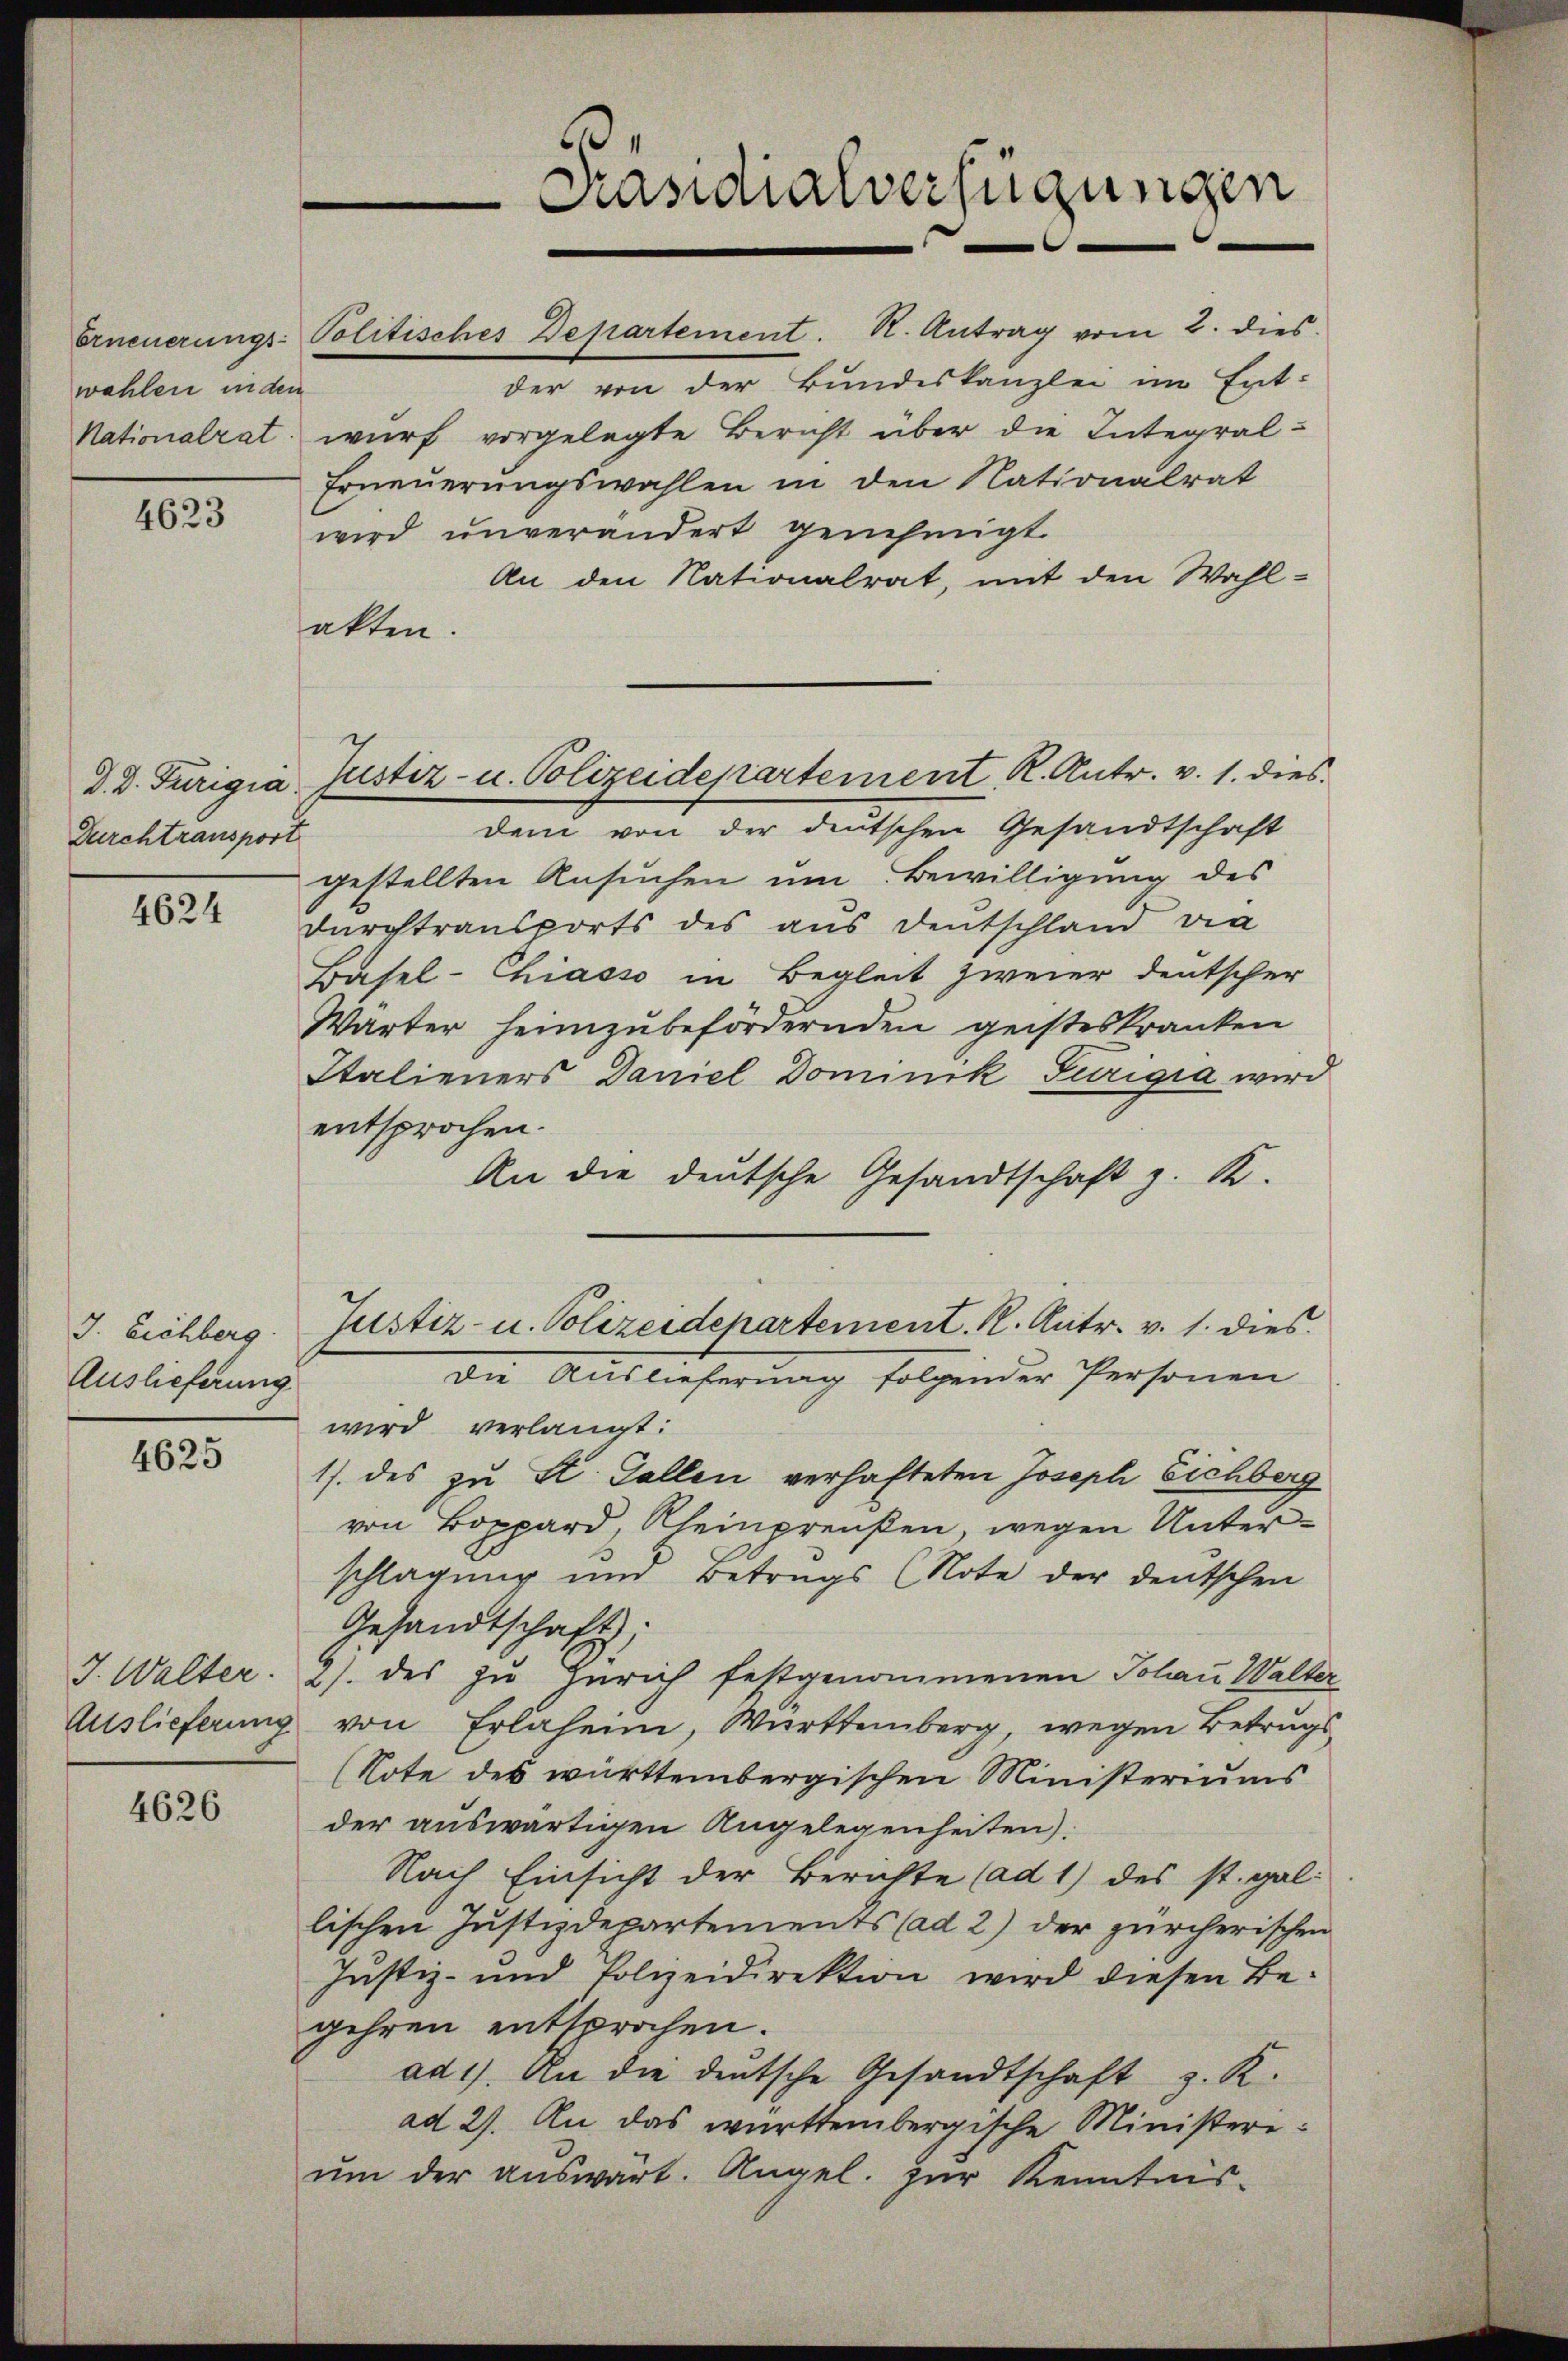
wahlen in den
4623

D. D. Turigia
Durchtransport

4624

J. Eichberg.
Auslieferung

4625

J. Walter.
Auslieferung

4626

akten.

Erneuerungs-Politisches Departement. N. Antrag vom 2. dies

Justiz- u. Polizeidepartement K. Antr. v. 1. dies

Präsidialverfügungen

der von der Bundeskanzlei im Ent-
Nationalrat wurf vorgelegte Bericht über die Integral-
Erneuerungswahlen in den Nationalrat
wird unverändert genehmigt.
An den Nationalrat, mit den Wahl-
dem von der deutschen Gesandtschaft
gestellten Ansuchen um Bewilligung des
durchtransports des aus Deutschland die
Basel-Chiasso in Begleit zweier deutscher
Wärter heimzŭbefördernden geisteskranken
Italieners Daniel Dominik Turigia wird
entsprochen.
An die deutsche Gesandtschaft z. R.
Justiz- u. Polizeidepartement. K. Antr. v. 1. dies
Die Auslieferung folgender Personen
wird verlangt:
1/. des zu St. Gallen verhafteten Joseph Eichberg
von Boppard, Rheinpreußen, wegen Unterschlagung um Betrags (Note der deutschen
Gesandtschaft).
2) des zu Zürich festgenommenen Johaṅ Walte
von Erlahein, Württemberg, wegen Betrugs
(Note des württembergischen Ministeriums
der auswärtigen Angelegenheiten):
Nach Einsicht der Berichte (ad 1) des st. gal
lischen Justizdepartements (ad 2) der zürcherischen
Justiz- und Polzeidirektion wird diesen Begehren entsprochen.
ad1). An die deutsche Gesandtschaft z. K.
ad 27. An das württembergische Ministereum der auswärt. Angel. zur Kenntnis-